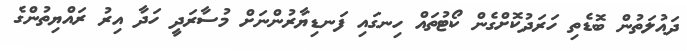
ދައުލަތުން ބޮޑެތި ހަރަދުކޮށްގެން ކޯޓުތައް ހިނގައި ފަނޑިޔާރުންނަށް މުސާރަދީ ހަދާ އިރު ރައްޔިތުންގެ